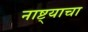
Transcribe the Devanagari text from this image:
नाष्ट्याचा